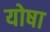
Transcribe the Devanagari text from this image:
योषा